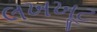
લખખૂટ